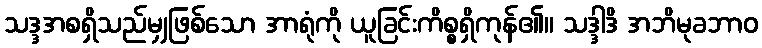
သဒ္ဒအစရှိသည်မျှဖြစ်သော အာရုံကို ယူခြင်းကိစ္စရှိကုန်၏။ သဒ္ဒါဒိ အဘိမုခဘာဝ